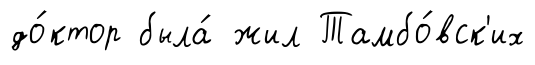
до́ктор была́ жил Тамбо́вск'их